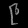
Digit: ၉